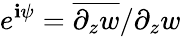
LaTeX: e^{\mathbf{i}\psi}=\overline{{{\partial_{z}w}}}/\partial_{z}w